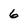
Character: 6